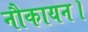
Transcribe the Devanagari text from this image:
नौकायन।